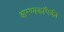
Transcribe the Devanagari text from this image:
आरण्यकांपैकी